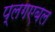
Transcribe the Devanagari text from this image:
प्लगएबल